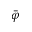
\bar { \varphi }